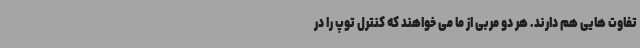
تفاوت هایی هم دارند. هر دو مربی از ما می خواهند که کنترل توپ را در